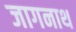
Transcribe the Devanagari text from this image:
जागनाथ